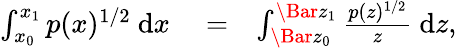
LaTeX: \begin{array}{rlr}{\int_{x_{0}}^{x_{1}}p(x)^{1/2}~\mathrm{d}x}&{{}=}&{\int_{\Bar{z}_{0}}^{\Bar{z}_{1}}\frac{p(z)^{1/2}}{z}~\mathrm{d}z,}\end{array}